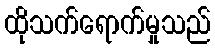
ထိုသက်ရောက်မှုသည်